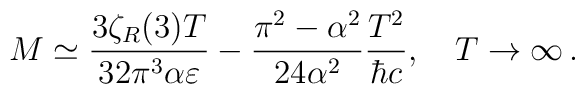
M\simeq \frac{3\zeta_R(3)T}{32\pi ^3 \alpha\varepsilon}-\frac{\pi^2-\alpha^2}{24 \alpha^2}\frac{T^2}{\hbar c}, \quad T\to\infty \,{.}